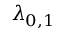
\lambda _ { 0 , 1 }